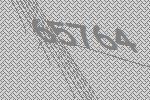
65764